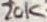
Text: 20K